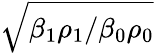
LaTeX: \sqrt{{\beta_{1}\rho_{1}}/{\beta_{0}\rho_{0}}}